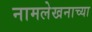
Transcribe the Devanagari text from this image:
नामलेखनाच्या